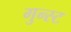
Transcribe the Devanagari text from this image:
गुन्स्ट